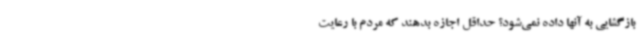
بازگشایی به آنها داده نمی‌شود؟ حداقل اجازه بدهند که مردم با رعایت